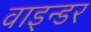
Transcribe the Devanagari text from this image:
वाइन्डर